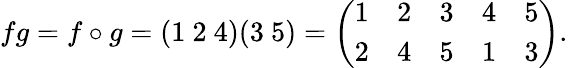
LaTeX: fg=f\circ g=(1\ 2\ 4)(3\ 5)={\left(\begin{array}{lllll}{1}&{2}&{3}&{4}&{5}\\ {2}&{4}&{5}&{1}&{3}\end{array}\right)}.